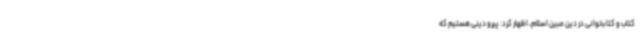
کتاب و کتابخوانی در دین مبین اسلام، اظهار کرد: پیرو دینی هستیم که